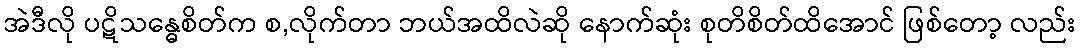
အဲဒီလို ပဋိသန္ဓေစိတ်က စ,လိုက်တာ ဘယ်အထိလဲဆို နောက်ဆုံး စုတိစိတ်ထိအောင် ဖြစ်တော့ လည်း